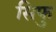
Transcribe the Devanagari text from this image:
सिफु